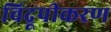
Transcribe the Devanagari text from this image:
विद्रूपीकरण